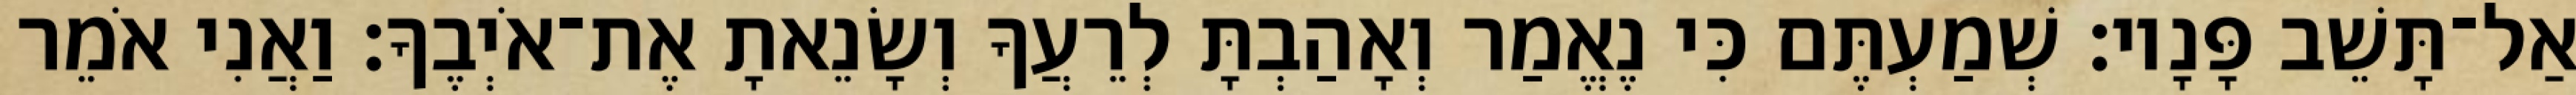
אַל־תָּשֵׁב פָּנָיו׃ שְׁמַעְתֶּם כִּי נֶאֱמַר וְאָהַבְתָּ לְרֵעֲךָ וְשָׂנֵאתָ אֶת־אֹיְבֶךָ׃ וַאֲנִי אֹמֵר